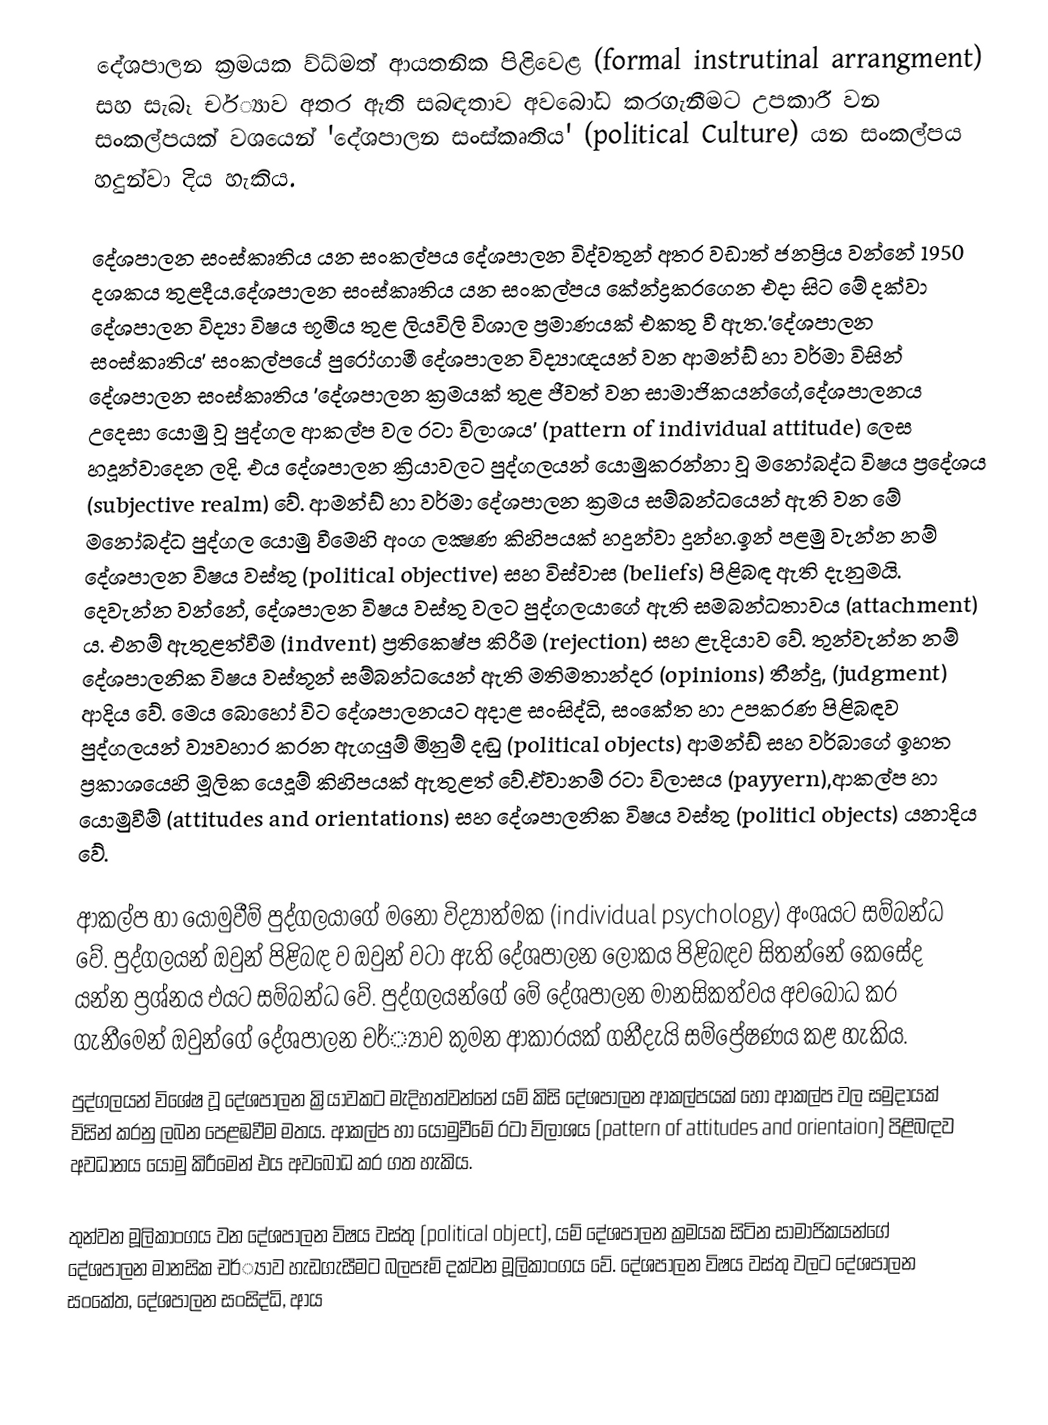
දේශපාලන ක්‍රමයක ව්ධ්මත් ආයතනික පිළිවෙළ (formal instrutinal arrangment) සහ සැබෑ චර්්‍යාව අතර ඇති සබඳතාව අවබෝධ කරගැනීමට උපකාරී වන සංකල්පයක් වශයෙන් 'දේශපාලන සංස්කෘතිය' (political Culture) යන සංකල්පය හදුන්වා දිය හැකිය.

දේශපාලන සංස්කෘතිය යන සංකල්පය දේශපාලන විද්වතුන් අතර වඩාත් ජනප්‍රිය වන්නේ 1950 දශකය තුළදීය.දේශපාලන සංස්කෘතිය යන සංකල්පය කේන්ද්‍රකරගෙන එදා සිට මේ දක්වා දේශපාලන විද්‍යා විෂය භූමිය තුළ ලියවිලි විශාල ප්‍රමාණයක් එකතු වී ඇත.'දේශපාලන සංස්කෘතිය' සංකල්පයේ පුරෝගාමී දේශපාලන විද්‍යාඥයන් වන ආමන්ඩ් හා වර්මා විසින් දේශපාලන සංස්කෘතිය 'දේශපාලන ක්‍රමයක් තුළ ජීවත් වන සාමාජිකයන්ගේ,දේශපාලනය උදෙසා යොමු වූ පුද්ගල ආකල්ප වල රටා විලාශය' (pattern of individual attitude) ලෙස හදූන්වාදෙන ලදි. එය දේශපාලන ක්‍රියාවලට පුද්ගලයන් යොමුකරන්නා වූ මනෝබද්ධ විෂය ප්‍රදේශය (subjective realm) වේ. ආමන්ඩ් හා වර්මා දේශපාලන ක්‍රමය සම්බන්ධයෙන් ඇති වන මේ මනෝබද්ධ පුද්ගල යොමු වීමෙහි අංග ල‍‍‍‍‍‍‍‍‍‍‍‍‍‍‍‍‍‍‍‍‍‍‍‍‍‍‍‍‍‍‍‍‍‍‍‍‍‍‍‍‍‍‍‍‍‍‍‍‍‍‍‍‍‍‍‍‍‍ක්‍ෂණ කිහිපයක් හදුන්වා දුන්හ.ඉන් පළමු වැන්න නම් දේශපාලන විෂය වස්තු (political objective) සහ විස්වාස (beliefs) පිළිබඳ ඇති දැනුමයි. දෙවැන්න වන්නේ, දේශපාලන විෂය වස්තු වලට පුද්ගලයාගේ ඇති සමබන්ධතාවය (attachment) ය. එනම් ඇතුළත්වීම (indvent) ප්‍රති‍ක‍්ෂේප කිරීම (rejection) සහ ළැදියාව වේ. තුන්වැන්න නම් දේශපාලනික විෂය වස්තූන් සම්බන්ධයෙන් ඇති මතිමතාන්දර (opinions) තීන්දු, (judgment) ආදිය වේ. මෙය  බොහෝ විට දේශපාලනයට අදාළ සංසිද්ධි, සංකේත හා උපකරණ පිළිබඳව පුද්ගලයන් ව්‍යවහාර කරන ඇගයුම් මිනුම් දඬු (political objects) ආමන්ඩ් සහ වර්බාගේ ඉහත ප්‍රකාශයෙහි මූලික යෙදූම් කිහිපයක් ඇතුළත් වේ.ඒවානම් රටා විලාසය (payyern),ආකල්ප හා යොමුවීම් (attitudes and orientations) සහ දේශපාලනික විෂය වස්තු (politicl objects) යනාදිය වේ.

ආකල්ප හා  යොමුවීම් පුද්ගලයාගේ මනෝ විද්‍යාත්මක (individual psychology) අංශයට සම්බන්ධ වේ. පුද්ගලයන් ඔවුන් පිළිබඳ ව ඔවුන් වටා ඇති දේශපාලන ලෝකය පිළිබඳව සිතන්නේ කෙසේද යන්න ප්‍රශ්නය එයට සම්බන්ධ වේ. පුද්ගලයන්ගේ මේ දේශපාලන මානසිකත්වය අව‍බෝධ කර ගැනීමෙන් ඔවුන්ගේ දේශපාලන චර්්‍යාව කුමන ආකාරයක් ගනීදැයි සම්ප්‍රේෂණය කළ හැකිය.
පුද්ගලයන් විශේෂ වූ දේශපාලන ක්‍රියාවකට මැදිහත්වන්නේ යම් කිසි දේශපාලන ආකල්පයක් හෝ ආකල්ප වල සමුදායක් විසින් කරනු ලබන පෙළඹවීම මතය. ආකල්ප හා යොමුවීමේ රටා විලාශය  (pattern of attitudes and orientaion) පිළිබඳව අවධානය යොමු කිරීමෙන් එය අවබෝධ කර ගත හැකිය.

		තුන්වන මූලිකාංගය වන දේශපාලන විෂය වස්තු (political object), යම් දේශපාලන ක්‍රමයක සිටින සාමාජිකයන්ගේ දේශපාලන මානසික චර්්‍යාව හැඩගැසීමට බලපෑම් දක්වන මූලිකාංගය වේ. දේශපාලන විෂය වස්තු වලට දේශපාලන සංකේත, දේශපාලන සංසිද්ධි, ආය